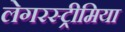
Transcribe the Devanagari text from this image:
लेगरस्ट्रीमिया